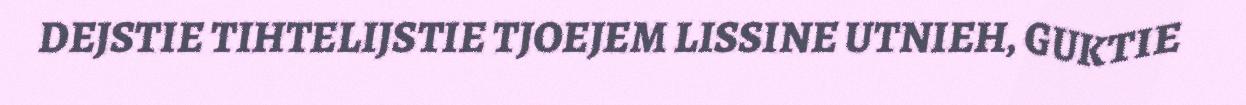
DEJSTIE TIHTELIJSTIE TJOEJEM LISSINE UTNIEH, GUKTIE